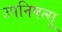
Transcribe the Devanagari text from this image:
उपनिषत्सु